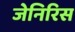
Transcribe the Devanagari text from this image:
जेनिरिस